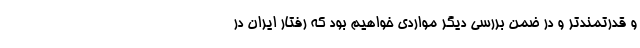
و قدرتمندتر و در ضمن بررسی دیگر مواردی خواهیم بود که رفتار ایران در